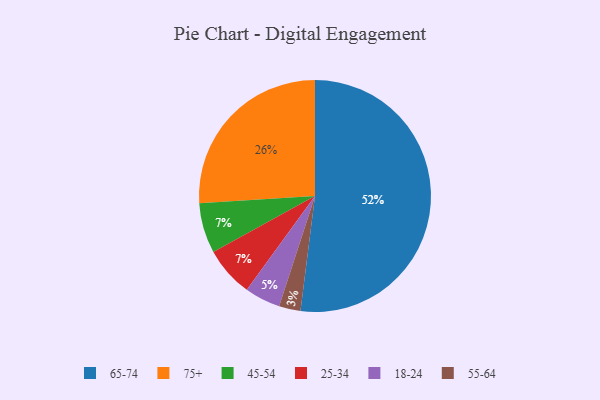
{"axis": {"x": "Category", "y": "Percentage"}, "legend": ["18-24", "25-34", "45-54", "55-64", "65-74", "75+"], "data": [{"x": "55-64", "y": 3, "type": "55-64"}, {"x": "65-74", "y": 52, "type": "65-74"}, {"x": "45-54", "y": 7, "type": "45-54"}, {"x": "25-34", "y": 7, "type": "25-34"}, {"x": "18-24", "y": 5, "type": "18-24"}, {"x": "75+", "y": 26, "type": "75+"}]}